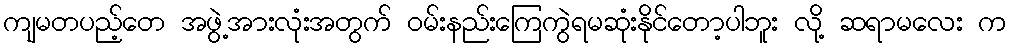
ကျမတပည့်တေ အဖွဲ့အားလုံးအတွက် ဝမ်းနည်းကြေကွဲရမဆုံးနိုင်တော့ပါဘူး လို့ ဆရာမလေး က